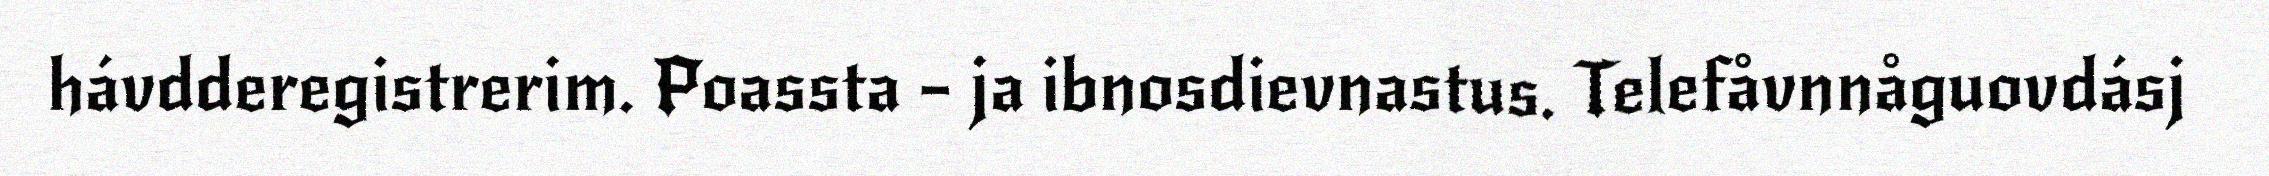
hávdderegistrerim. Poassta – ja ibnosdievnastus. Telefåvnnåguovdásj